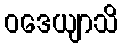
ဝဒေယျာသိ